Leaving Certificate Examination, 1925
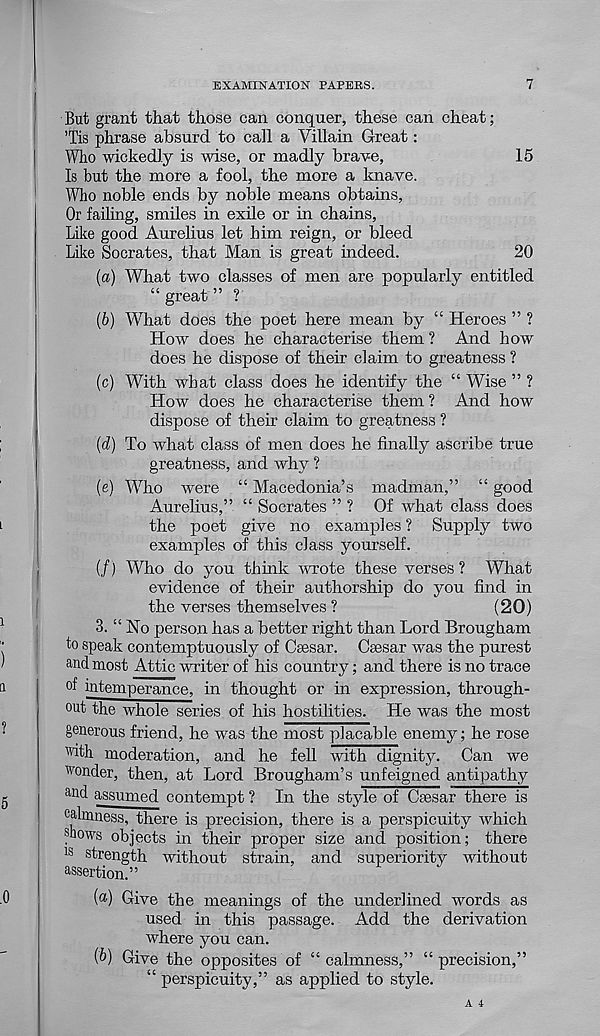
EXAMINATION PAPERS.
7
But grant that those can conquer, these can cheat;
’Tis phrase absurd to call a Villain Great:
Who wickedly is wise, or madly brave,
15
Is but the more a fool, the more a knave.
Who noble ends by noble means obtains,
Or failing, smiles in exile or in chains,
Like good Aurelius let him reign, or bleed
Like Socrates, that Man is great indeed.
20
{a) What two classes of men are popularly entitled
“great” ?
(6) What does the poet here mean by “ Heroes ” ?
How does he characterise them ? And how
does he dispose of their claim to greatness ?
(c) With what class does he identify the “ Wise ” ?
How does he characterise them ? And how
dispose of their claim to greatness ?
(d) To what class of men does he finally ascribe true
greatness, and why ?
(e) Who were “ Macedonia’s madman,” “ good
Aurelius,” “ Socrates ” ? Of what class does
the poet give no examples ? Supply two
examples of this class yourself.
(/) Who do you think -wrote these verses ? What
evidence of their authorship do you find in
the verses themselves ?
(20)
3. “ No person has a better right than Lord Brougham
to speak contemptuously of Csesar. Csesar was the purest
and most Attic writer of his country; and there is no trace
°t intemperance, in thought or in expression, through-
out the whole series of his hostilities. He was the most
generous friend, he was the most placable enemy; he rose
""nth moderation, and he fell with dignity. Can we
wonder, then, at Lord Brougham’s unfeigned antipathy
and assumed contempt ? In the style of Caesar there is
calmness, there is precision, there is a perspicuity which
snows objects in their proper size and position; there
18 strength without strain, and superiority without
assertion.”
(«) Give the meanings of the underlined words as
used in this passage. Add the derivation
where you can.
(6) Give the opposites of “calmness,” “precision,”
“ perspicuity,” as applied to style.
A 4